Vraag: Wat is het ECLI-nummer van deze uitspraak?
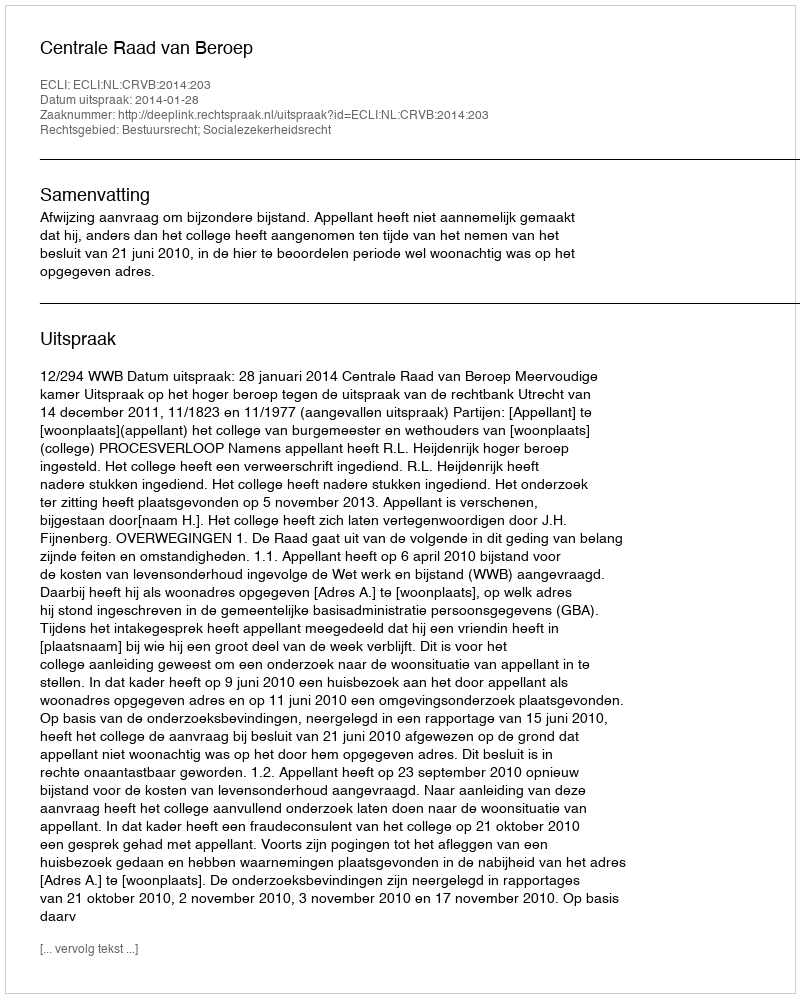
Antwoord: ECLI:NL:CRVB:2014:203